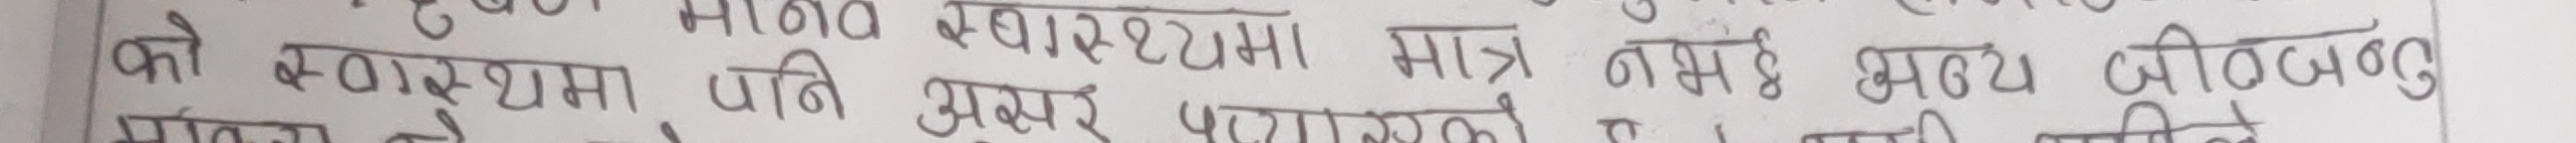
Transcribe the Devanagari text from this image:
को स्वास्थ्यमा मात्र नभई स्वच्छ जीवनच्न